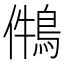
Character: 𪁃